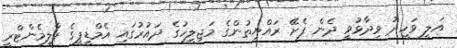
އަލީ ވަހީދު ވިދާޅުވީ ދެން ފެށޭ ރައްޔިތުންގެ މަޖިލީހުގެ ދައުރުގައި އެމްޑީޕީގެ ޕާލިމެންޓްރީ